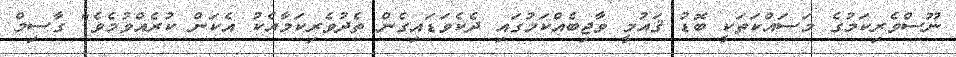
ނޫސްވެރިކަމުގެ މަސައްކަތަކީ ބޮޑު ޤައުމީ ވާޖިބެއްކަމުގައި ދެކެވަޑައިގެން ތެދުވެރިކަމާއެކު އެކަން ކުރެއްވުމެވެ" ގާސިމް